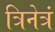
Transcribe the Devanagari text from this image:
त्रिनेत्रं